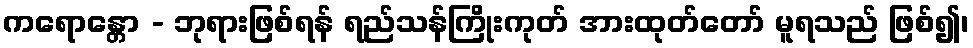
ကရောန္တော - ဘုရားဖြစ်ရန် ရည်သန်ကြိုးကုတ် အားထုတ်တော် မူရသည် ဖြစ်၍၊